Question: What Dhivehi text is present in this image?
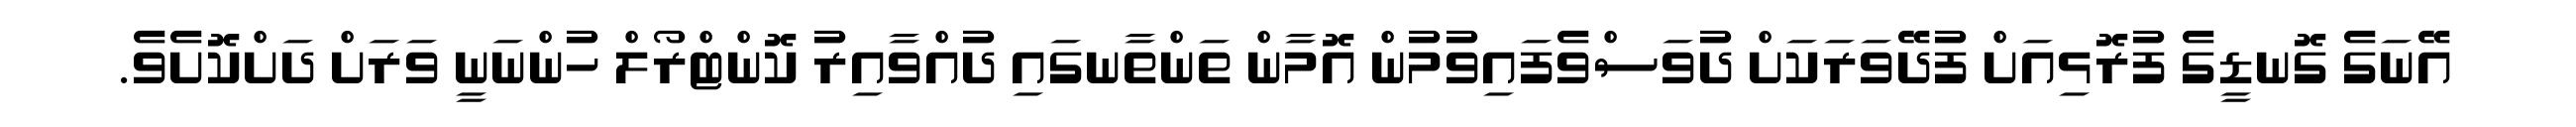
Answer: އޭނަގެ ގޮނޑީގެ ފުރޮޅިއަށް ފުދޭވަރަކަށް ދުވަސްވެފައިވުމުން އޮމާން ތަންތާނގައި ދުއްވާއިރު ކޮންޓްރޯލް ހުންނަނީ ވަރަށް ދަށްކޮށެވެ.